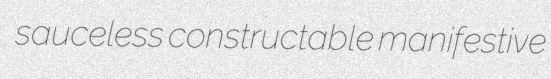
sauceless constructable manifestive